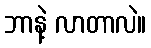
ဘာနဲ့ လာတာလဲ။